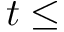
t \le